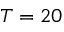
T = 2 0